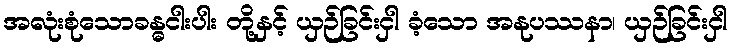
အလုံးစုံသောခန္ဓငါးပါး တို့နှင့် ယှဉ်ခြင်းငှါ ခံ့သော အနုပဿနာ၊ ယှဉ်ခြင်းငှါ